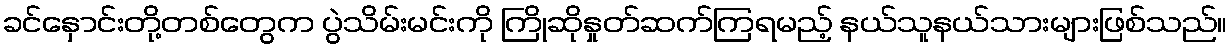
ခင်နှောင်းတို့တစ်တွေက ပွဲသိမ်းမင်းကို ကြိုဆိုနှုတ်ဆက်ကြရမည့် နယ်သူနယ်သားများဖြစ်သည်။